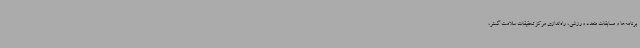
برنامه‌ها و مسابقات متعدد ورزشی، راه‌اندازی مرکز تحقیقات سلامت گستر،